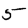
Digit: 5